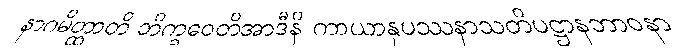
နာဂမိတ္ထာတိ ဘိက္ခဝေတိအာဒီနိ ကာယာနုပဿနာသတိပဋ္ဌာနဘာဝနာ